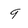
Character: 9